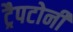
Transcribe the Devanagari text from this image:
ट्रैपटोनी